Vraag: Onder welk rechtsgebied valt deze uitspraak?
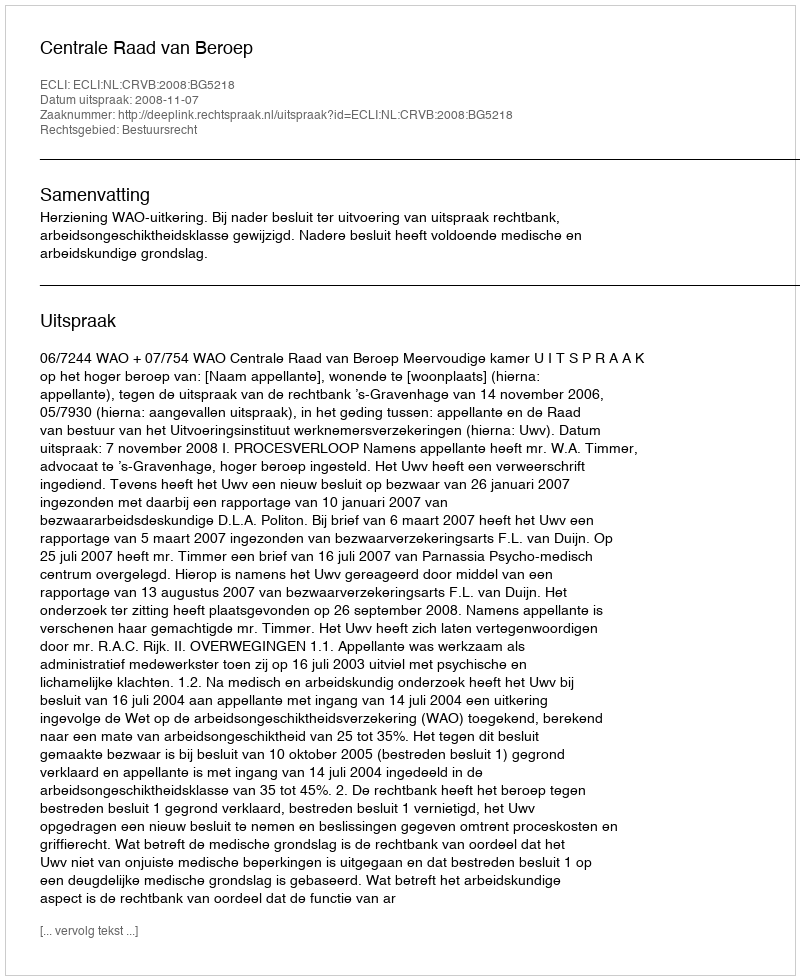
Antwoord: Bestuursrecht